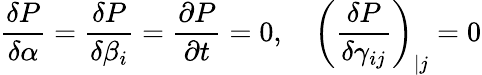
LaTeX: \frac{\delta P}{\delta\alpha}=\frac{\delta P}{\delta\beta_{i}}=\frac{\partial P}{\partial t}=0,~~~~\left(\frac{\delta P}{\delta\gamma_{ij}}\right)_{|j}=0